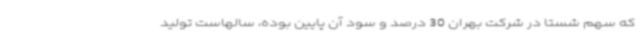
که سهم شستا در شرکت بهران 30 درصد و سود آن پایین بوده، سالهاست تولید